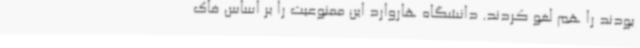
بودند را هم لغو کردند. دانشگاه هاروارد این ممنوعیت را بر اساس فاک